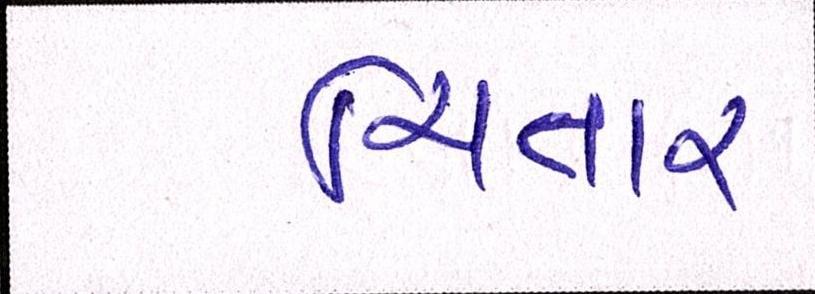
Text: ચિતાર